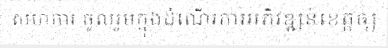
សហការ ចូលរួមក្នុងដំណើរការអភិវឌ្ឍន៍ខេត្តឲ្យ